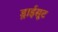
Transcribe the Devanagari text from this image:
ड्राईसूट